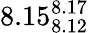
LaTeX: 8.15_{8.12}^{8.17}